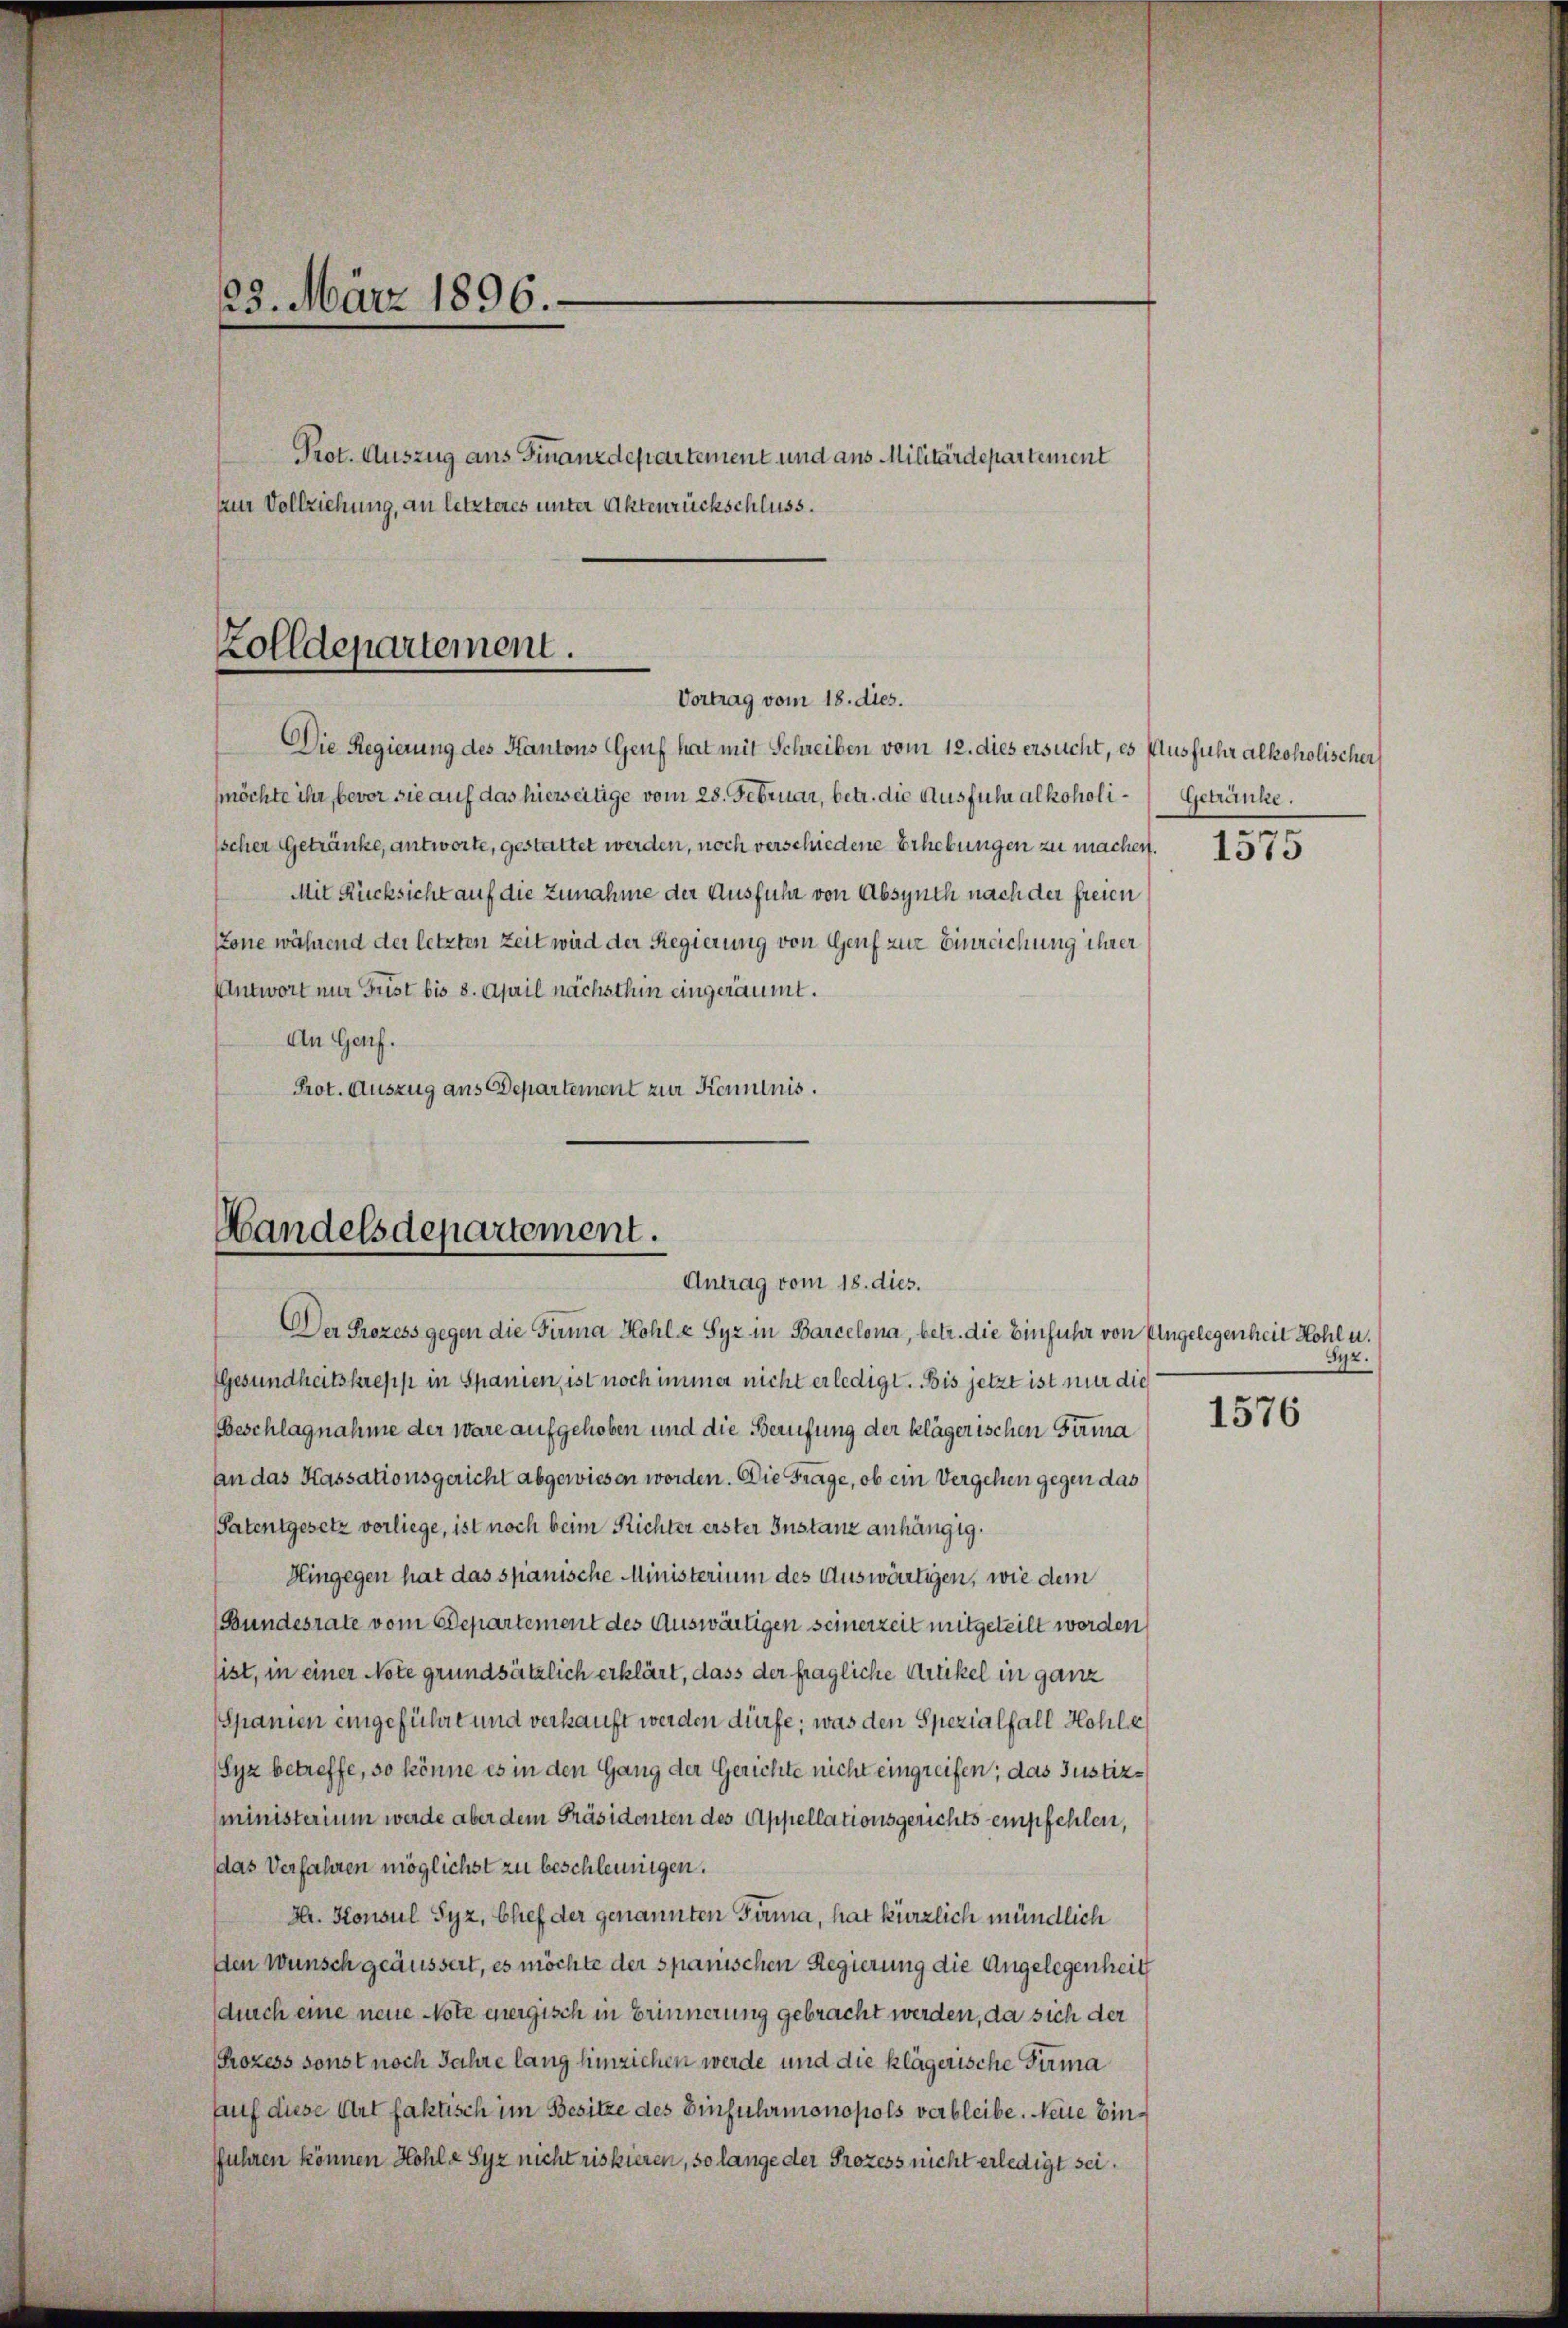
23. März 1896.
Prot. Auszug aus Finanzdepartement und aus Militärdepartement
zur Vollziehung, an letzteres unter Aktenrückschluss.

Zolldepartement.
Vortrag vom 18. dies.

Die Regierung des Kantons Genf hat mit Schreiben vom 12. dies ersucht, es Ausfuhr alkoholischer
möchte ihr bevor sie auf das hierseitige vom 28. Februar, betr. die Ausführ alkoholi-Getränke.
schen Getränke, antworte, gestattet werden, noch verschiedene Erhebungen zu machen.
Mit Rücksicht auf die Zunahme der Ausführ von Absynch nach der freien
Zone während der letzten Zeit wird der Regierung von Genf zur Einreichung ihrer
Antwort nur Frist bis 8. April nächsthin eingeräumt.
An Genf.
Prot. Auszug aus Departement zur Kenntnis.

Handelsdepartement.
Antrag vom 18. dies.

Der Prozess gegen die Firma Hohl« Syz in Barcelona, betr. die Einführ von Engelegenheit Hohl u.
Gesundheitskrepp in Spanien, ist noch immer nicht erledigt. Bis jetzt ist nur die
Beschlagnahme der wäre aufgehoben und die Berufung der klägerischen Firma
An das Kassationsgericht abgewiesen worden. Die Frage, ob ein Vergehen gegen das
Patentgesetz vorliege, ist noch beim Richter erster Instanz anhängig.
Hingegen hat das spanische Ministerium des Auswärtigen, wie dem
Bundesrate vom Departement des Auswärtigen seinerzeit mitgeteilt worden,
sist, in einer Note grundsätzlich erklärt, dass der fragliche Artikel in ganz
Spanien eingeführt und verkauft werden dürfe; was den Spezialfall Kohle
Syz betreffe, so könne es in den Gang der Gerichte nicht eingreifen; das Justizministerium werde aber dem Präsidenten des Appellationsgerichts empfehlen,
das Verfahren möglichst zu beschleunigen.
Hr. Konsul Syz, Chef der genannten Firma, hat kürzlich mündlich
den Wunsch geäussert, es möchte der spanischen Regierung die Angelegenheit
durch eine neue Note energisch in Erinnerung gebracht werden, da sich der
Prozess sonst noch Jahre lang hinziehen werde und die klägerische Firma
Auf diese Art faktisch im Besitze des Einfuhrmonopols verbleibe. Neue Einffuhren können Hohl« Syz nicht riskieren, so lange der Prozess nicht erledigt sei.

1575

Syz.

1576